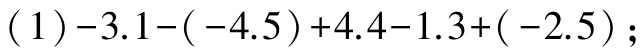
\((1)-3.1-(-4.5)+4.4-1.3+(-2.5)\);